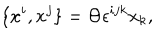
LaTeX: \{ x ^ { i } , x ^ { j } \} = \Theta \epsilon ^ { i j k } x _ { k } ,